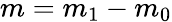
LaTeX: m=m_{1}-m_{0}